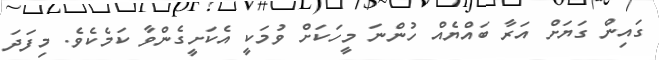
ގައިން ގަޔަށް އަރާ ބައްޔެއް ހުންނަ މީހަކަށް ވުމަކީ އެކަށީގެންވާ ކަމެކެވެ. މިފަދަ